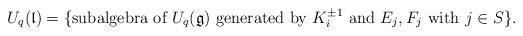
LaTeX: \begin{align*}U_q(\mathfrak{l}) = \{ \textrm{subalgebra of $U_q(\mathfrak{g})$ generated by $K_i^{\pm 1}$ and $E_j, F_j$ with $j \in S$} \}.\end{align*}